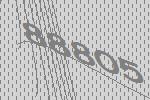
88805